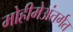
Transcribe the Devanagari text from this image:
मोहीमेअंतर्गत